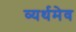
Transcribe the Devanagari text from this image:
व्यर्थमेव